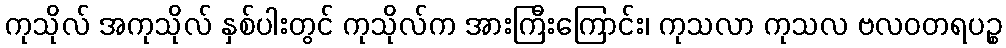
ကုသိုလ် အကုသိုလ် နှစ်ပါးတွင် ကုသိုလ်က အားကြီးကြောင်း၊ ကုသလာ ကုသလ ဗလဝတရပဉ္စ